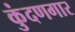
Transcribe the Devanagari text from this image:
कुंदणगार